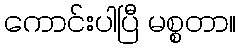
ကောင်းပါပြီ မစ္စတာ။